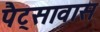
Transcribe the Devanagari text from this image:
पैट्सावास